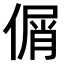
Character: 𠋱